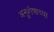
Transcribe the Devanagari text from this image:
अनुशेषाच्या